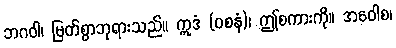
ဘဂဝါ၊ မြတ်စွာဘုရားသည်။ ဣဒံ (ဝစနံ)၊ ဤစကားကို။ အဝေါစ၊